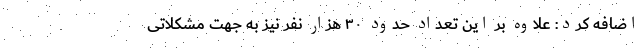
اضافه کرد: علاوه بر این تعداد حدود ۳۰ هزار نفر نیز به جهت مشکلاتی